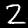
Label: 2